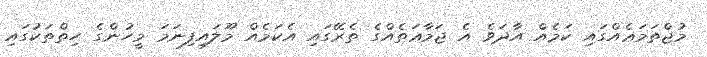
މުޖްތަމަޢެއްގައި ކަމެއް އާދަވެ އެ ޖަމާޢަތެއްގެ ތެރޭގައި އެކަމެއް މޫލައިފިނަމަ މީހުންގެ ހިތްތަކުގައި